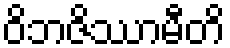
ဝိဘဇိဿာမီတိ